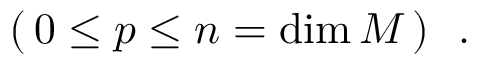
( \, 0 \leq p \leq n = \mathrm { d i m } \, M \, ) \ \ .